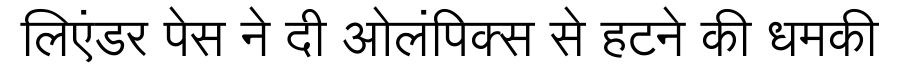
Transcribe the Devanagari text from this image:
लिएंडर पेस ने दी ओलंपिक्स से हटने की धमकी